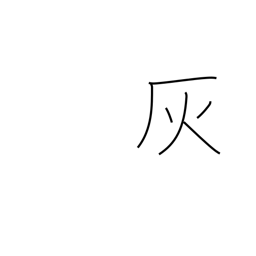
Meaning: puckery juice